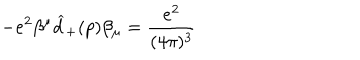
- e ^ { 2 } \beta ^ { \mu } \widehat { d } _ { + } ( p ) \beta _ { \mu } = \frac { e ^ { 2 } } { ( 4 \pi ) ^ { 3 } }